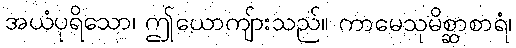
အယံပုရိသော၊ ဤယောကျ်ားသည်။ ကာမေသုမိစ္ဆာစာရံ၊